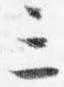
三